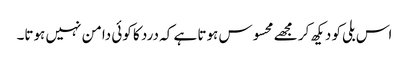
اس بلی کو دیکھ کر مجھے محسوس ہوتا ہے کہ درد کا کوئی دامن نہیں ہوتا۔